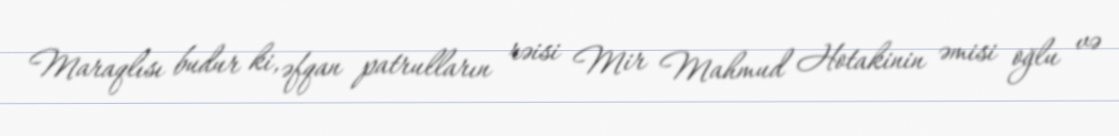
Maraqlısı budur ki, əfqan patrulların rəisi Mir Mahmud Hotakinin əmisi oğlu və